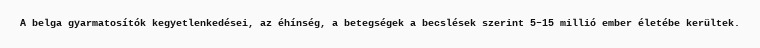
A belga gyarmatosítók kegyetlenkedései, az éhínség, a betegségek a becslések szerint 5–15 millió ember életébe kerültek.